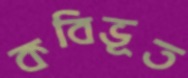
কবিভূত